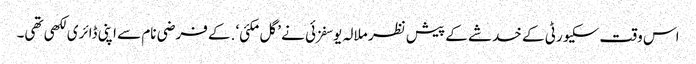
اس وقت سکیورٹی کے خدشے کے پیش نظر ملالہ یوسفزئی نے ’گل مکئی‘ .کے فرضی نام سے اپنی ڈائری لکھی تھی۔